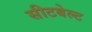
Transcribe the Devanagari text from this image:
सीटबेल्‍ट